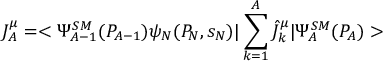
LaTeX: J _ { A } ^ { \mu } = < \Psi _ { A - 1 } ^ { S M } ( P _ { A - 1 } ) \psi _ { N } ( P _ { N } , s _ { N } ) | \sum _ { k = 1 } ^ { A } \hat { J } _ { k } ^ { \mu } | \Psi _ { A } ^ { S M } ( P _ { A } ) >